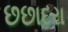
છછાદરા